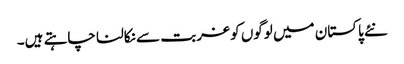
نئے پاکستان میں لوگوں کو غربت سے نکالنا چاہتے ہیں۔